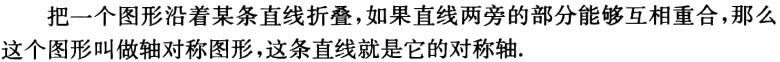
把一个图形沿着某条直线折叠，如果直线两旁的部分能够互相重合，那么这个图形叫做轴对称图形，这条直线就是它的对称轴.